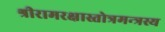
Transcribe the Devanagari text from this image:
श्रीरामरक्षास्तोत्रमन्त्रस्य